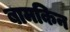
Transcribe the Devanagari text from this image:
बामकिन